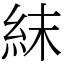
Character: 𥿉